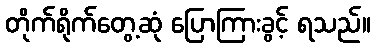
တိုက်ရိုက်တွေ့ဆုံ ပြောကြားခွင့် ရသည်။